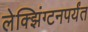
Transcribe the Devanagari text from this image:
लेक्झिंग्टनपर्यंत